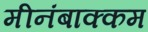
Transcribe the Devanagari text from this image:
मीनंबाक्कम